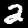
Label: 2